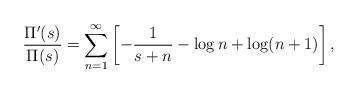
LaTeX: \begin{align*} \frac{\Pi^\prime(s)}{\Pi(s)}=\sum_{n=1}^\infty \left[-\frac{1}{s+n}-\log n + \log(n+1)\right],\end{align*}